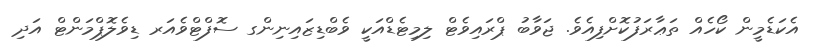
އެކަޑެމީން ކޯހެއް ތަޢާރަފުކޮށްފިއެވެ. ޖަވާބު ޕްރައިވެޓް ލިމިޓެޑްއަކީ ވެބްޑިޒައިނިންގ ސޮފްޓްވެއަރ ޑިވެލޮޕްމަންޓް އަދި